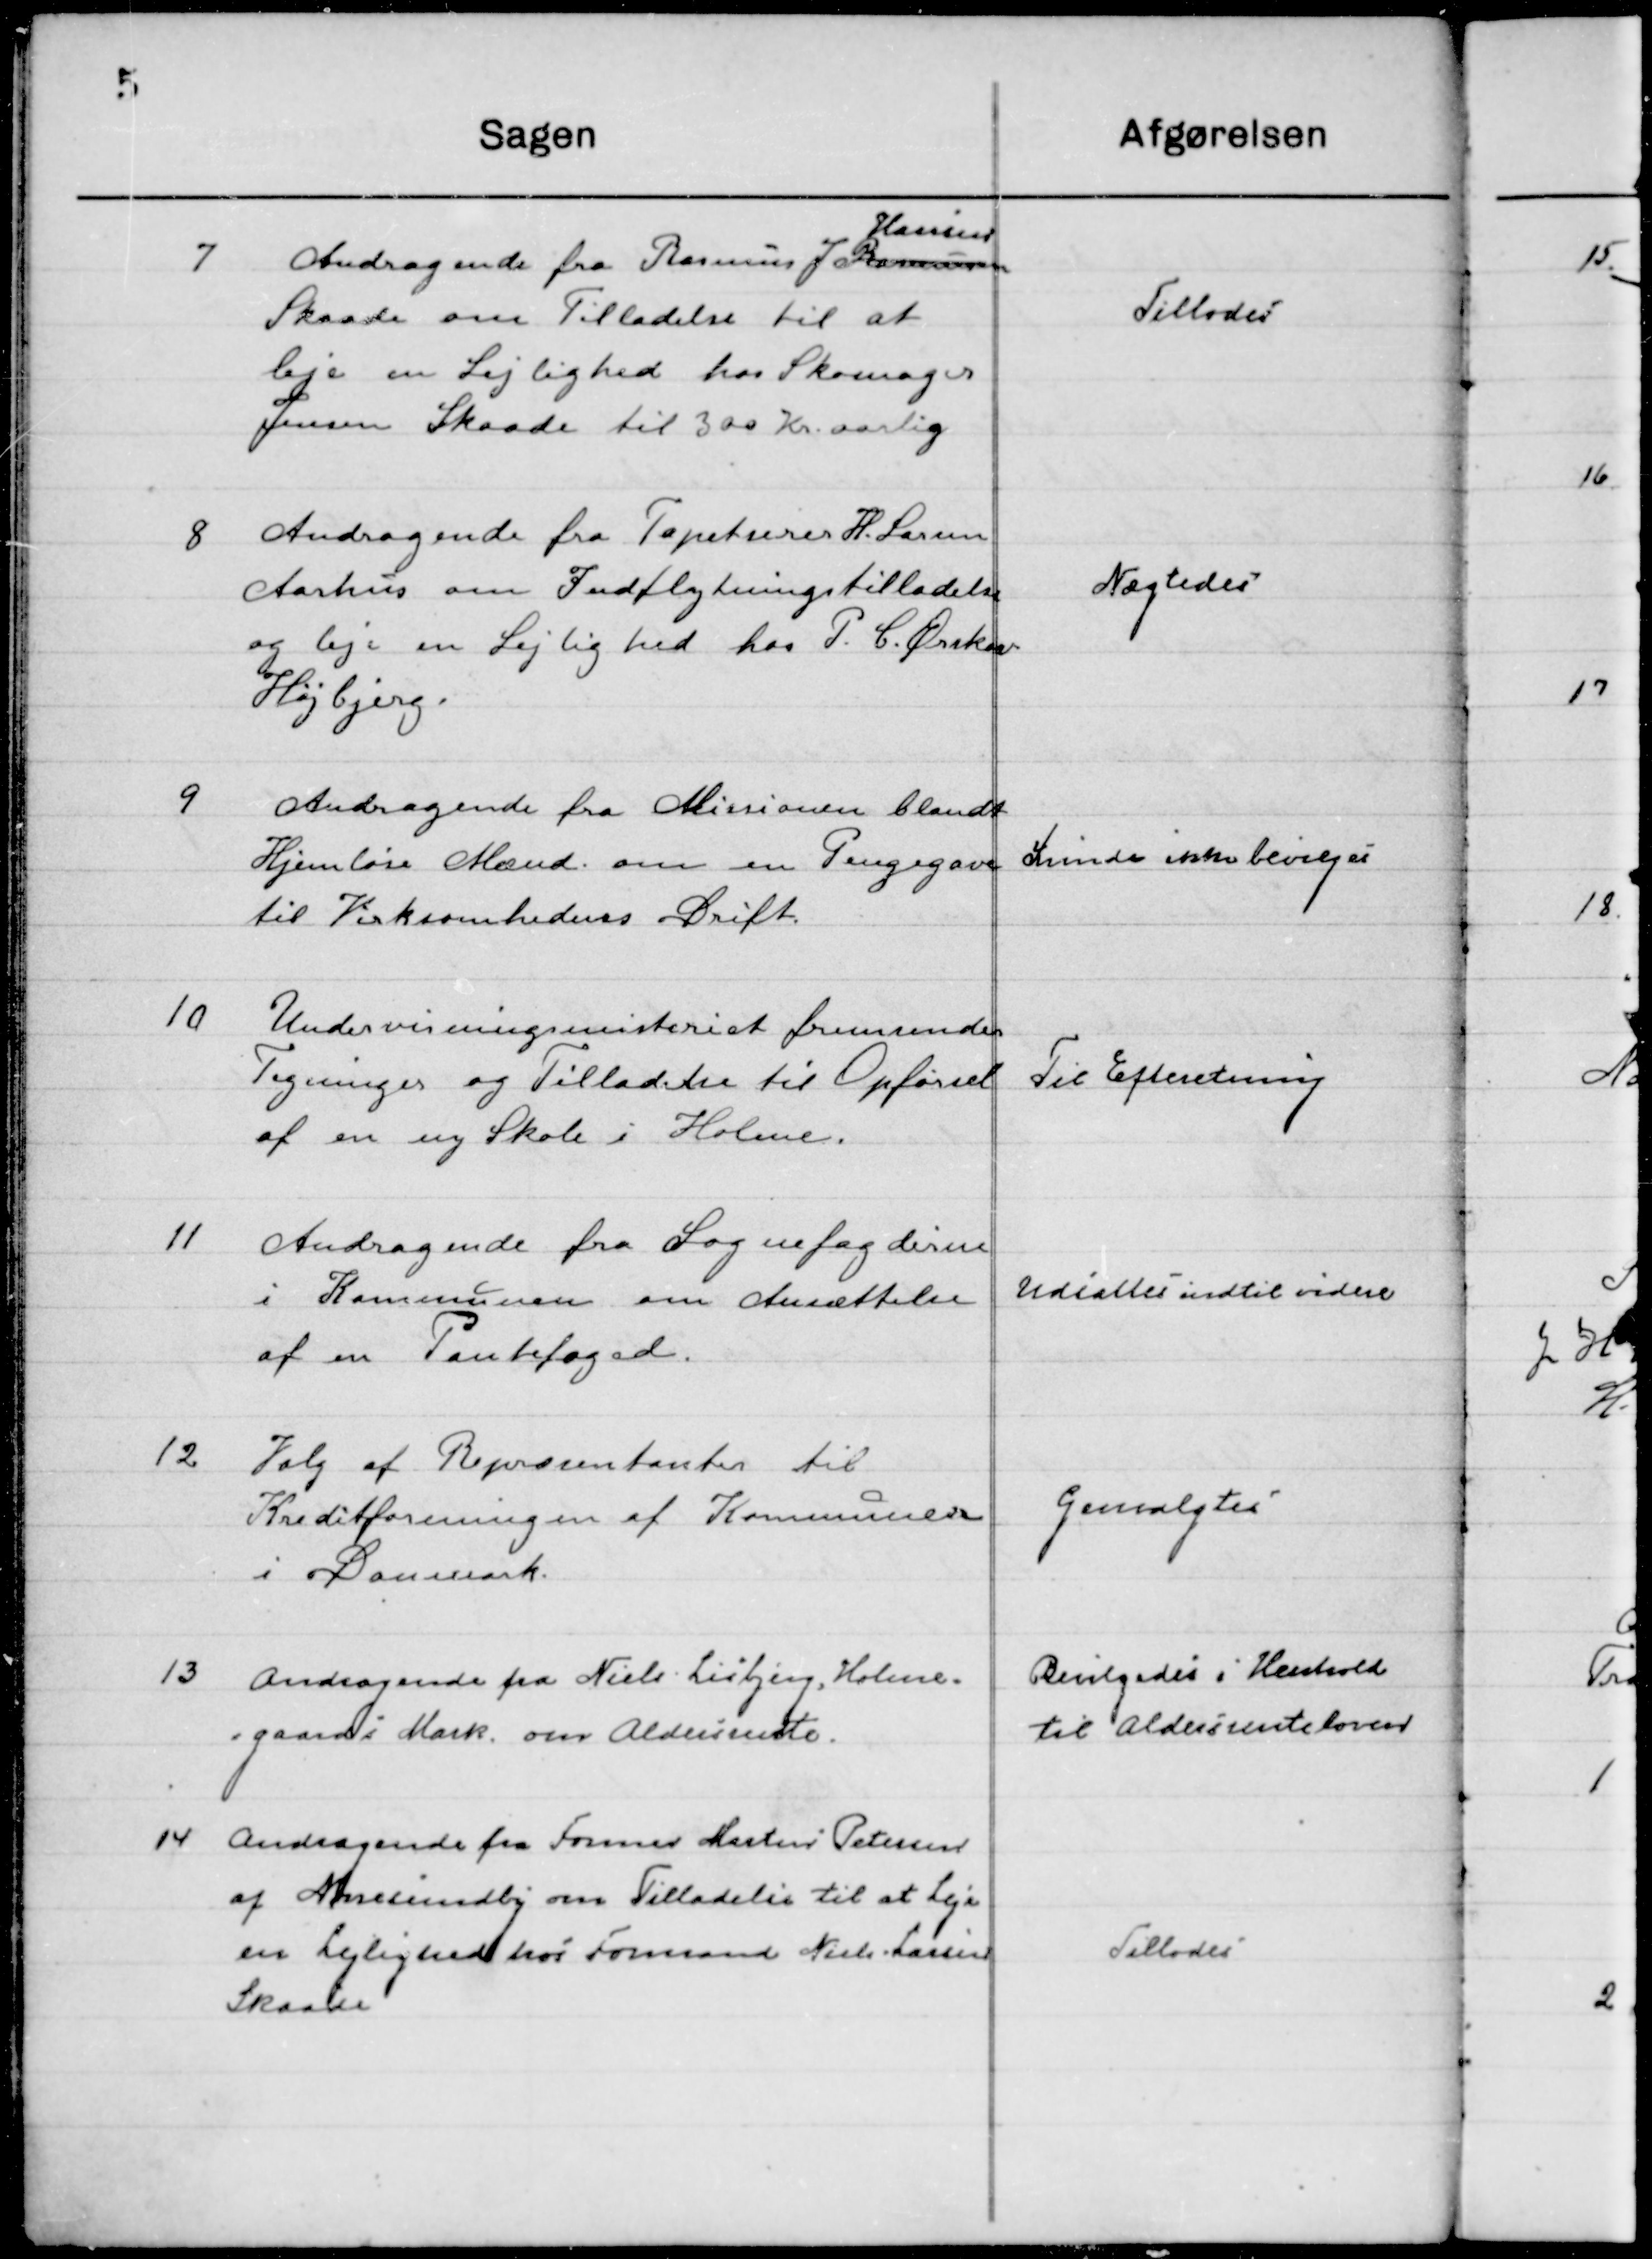
Transskription:
7

Andragende fra Rasmus J.  
Hansen
Rasmussen
Skaade om Tilladelse til at
Leje en Lejlighed hos Skomager
Jensen Skaade til 300 Kr.

Aarlig	Tillodes

8

Andragende fra Tapetserer H. Larsen
Aarhus om Indflytningstilladelse
og leje en Lejlighed hos P. C. Ørskov
Højbjerg.

Nægtedes

9

Andragende fra Missionen blandt
Hjemløse Mænd om en Pengegave
Til Virksomhedens Drift.

Kunde ikke bevilges

10

Undervisningsministeriet fremsender
Tegninger og Tilladelse til Opførelse
af en ny Skole i Holme.

Til Efterretning

11

Andragende fra Sognefogederne
i Kommunen om Ansættelse
af en Pantefoged.

Udsættes indtil videre

12

Valg af Repræsentanter til 
Kreditforeningen af Kommunerne
i Danmark.

Genvalgtes

13

Andragende fra Niels Lisbjerg, Holme-
Gaards Mark, om Aldersrente.

Bevilgedes i henhold
til Aldersrenteloven

14

Andragende fra Former Martin Petersen
af Nørresundby om tilladelse til at Leje
en Lejlighed hos Formand Niels Lassen
Skaade.

Tillodes